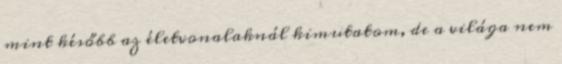
mint később az életvonalaknál kimutatom, de a világa nem